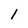
Character: 1